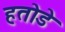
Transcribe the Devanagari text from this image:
हतोडे